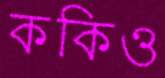
ককিও